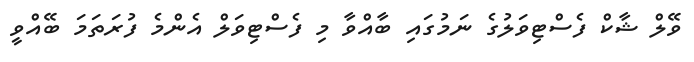
ވޭލް ޝާކް ފެސްޓިވަލުގެ ނަމުގައި ބާއްވާ މި ފެސްޓިވަލް އެންމެ ފުރަތަމަ ބޭއްވީ